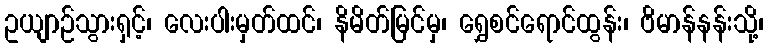
ဥယျာဉ်သွားရှင့်၊ လေးပါးမှတ်ထင်၊ နိမိတ်မြင်မှ၊ ရွှေစင်ရောင်ထွန်း၊ ဗိမာန်နန်းသို့၊